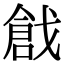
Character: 戧